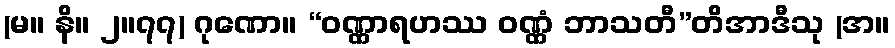
(မ။ နိ။ ၂။၇၇) ဂုဏော။ “ဝဏ္ဏာရဟဿ ဝဏ္ဏံ ဘာသတီ”တိအာဒီသု (အ။